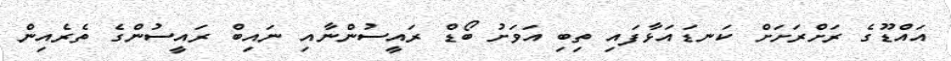
އައްޑޫގެ ރަށްރަށަށް ކަނޑައަޅާފައި ތިބި އަވަށު ބޯޑް ރައީސުންނާއި ނައިބް ރައީސުންގެ ތެރެއިން